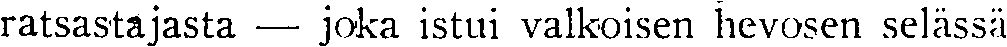
ratsastajasta — joka istui valkoisen hevosen selässä